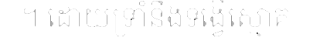
។ ដោយទ្រាំនឹងទង្វើស្មោគ